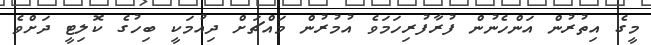
މީގެ އިތުރުން އަންހެނުން ފުރާފުރިހަމަވެ އުމުރުން މަައްޗަށް ދިއުމަކީ ބިހުގެ ކޮލިޓީ ދަށްވެ